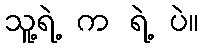
သူ့ရဲ့ က ရဲ့ ပဲ။